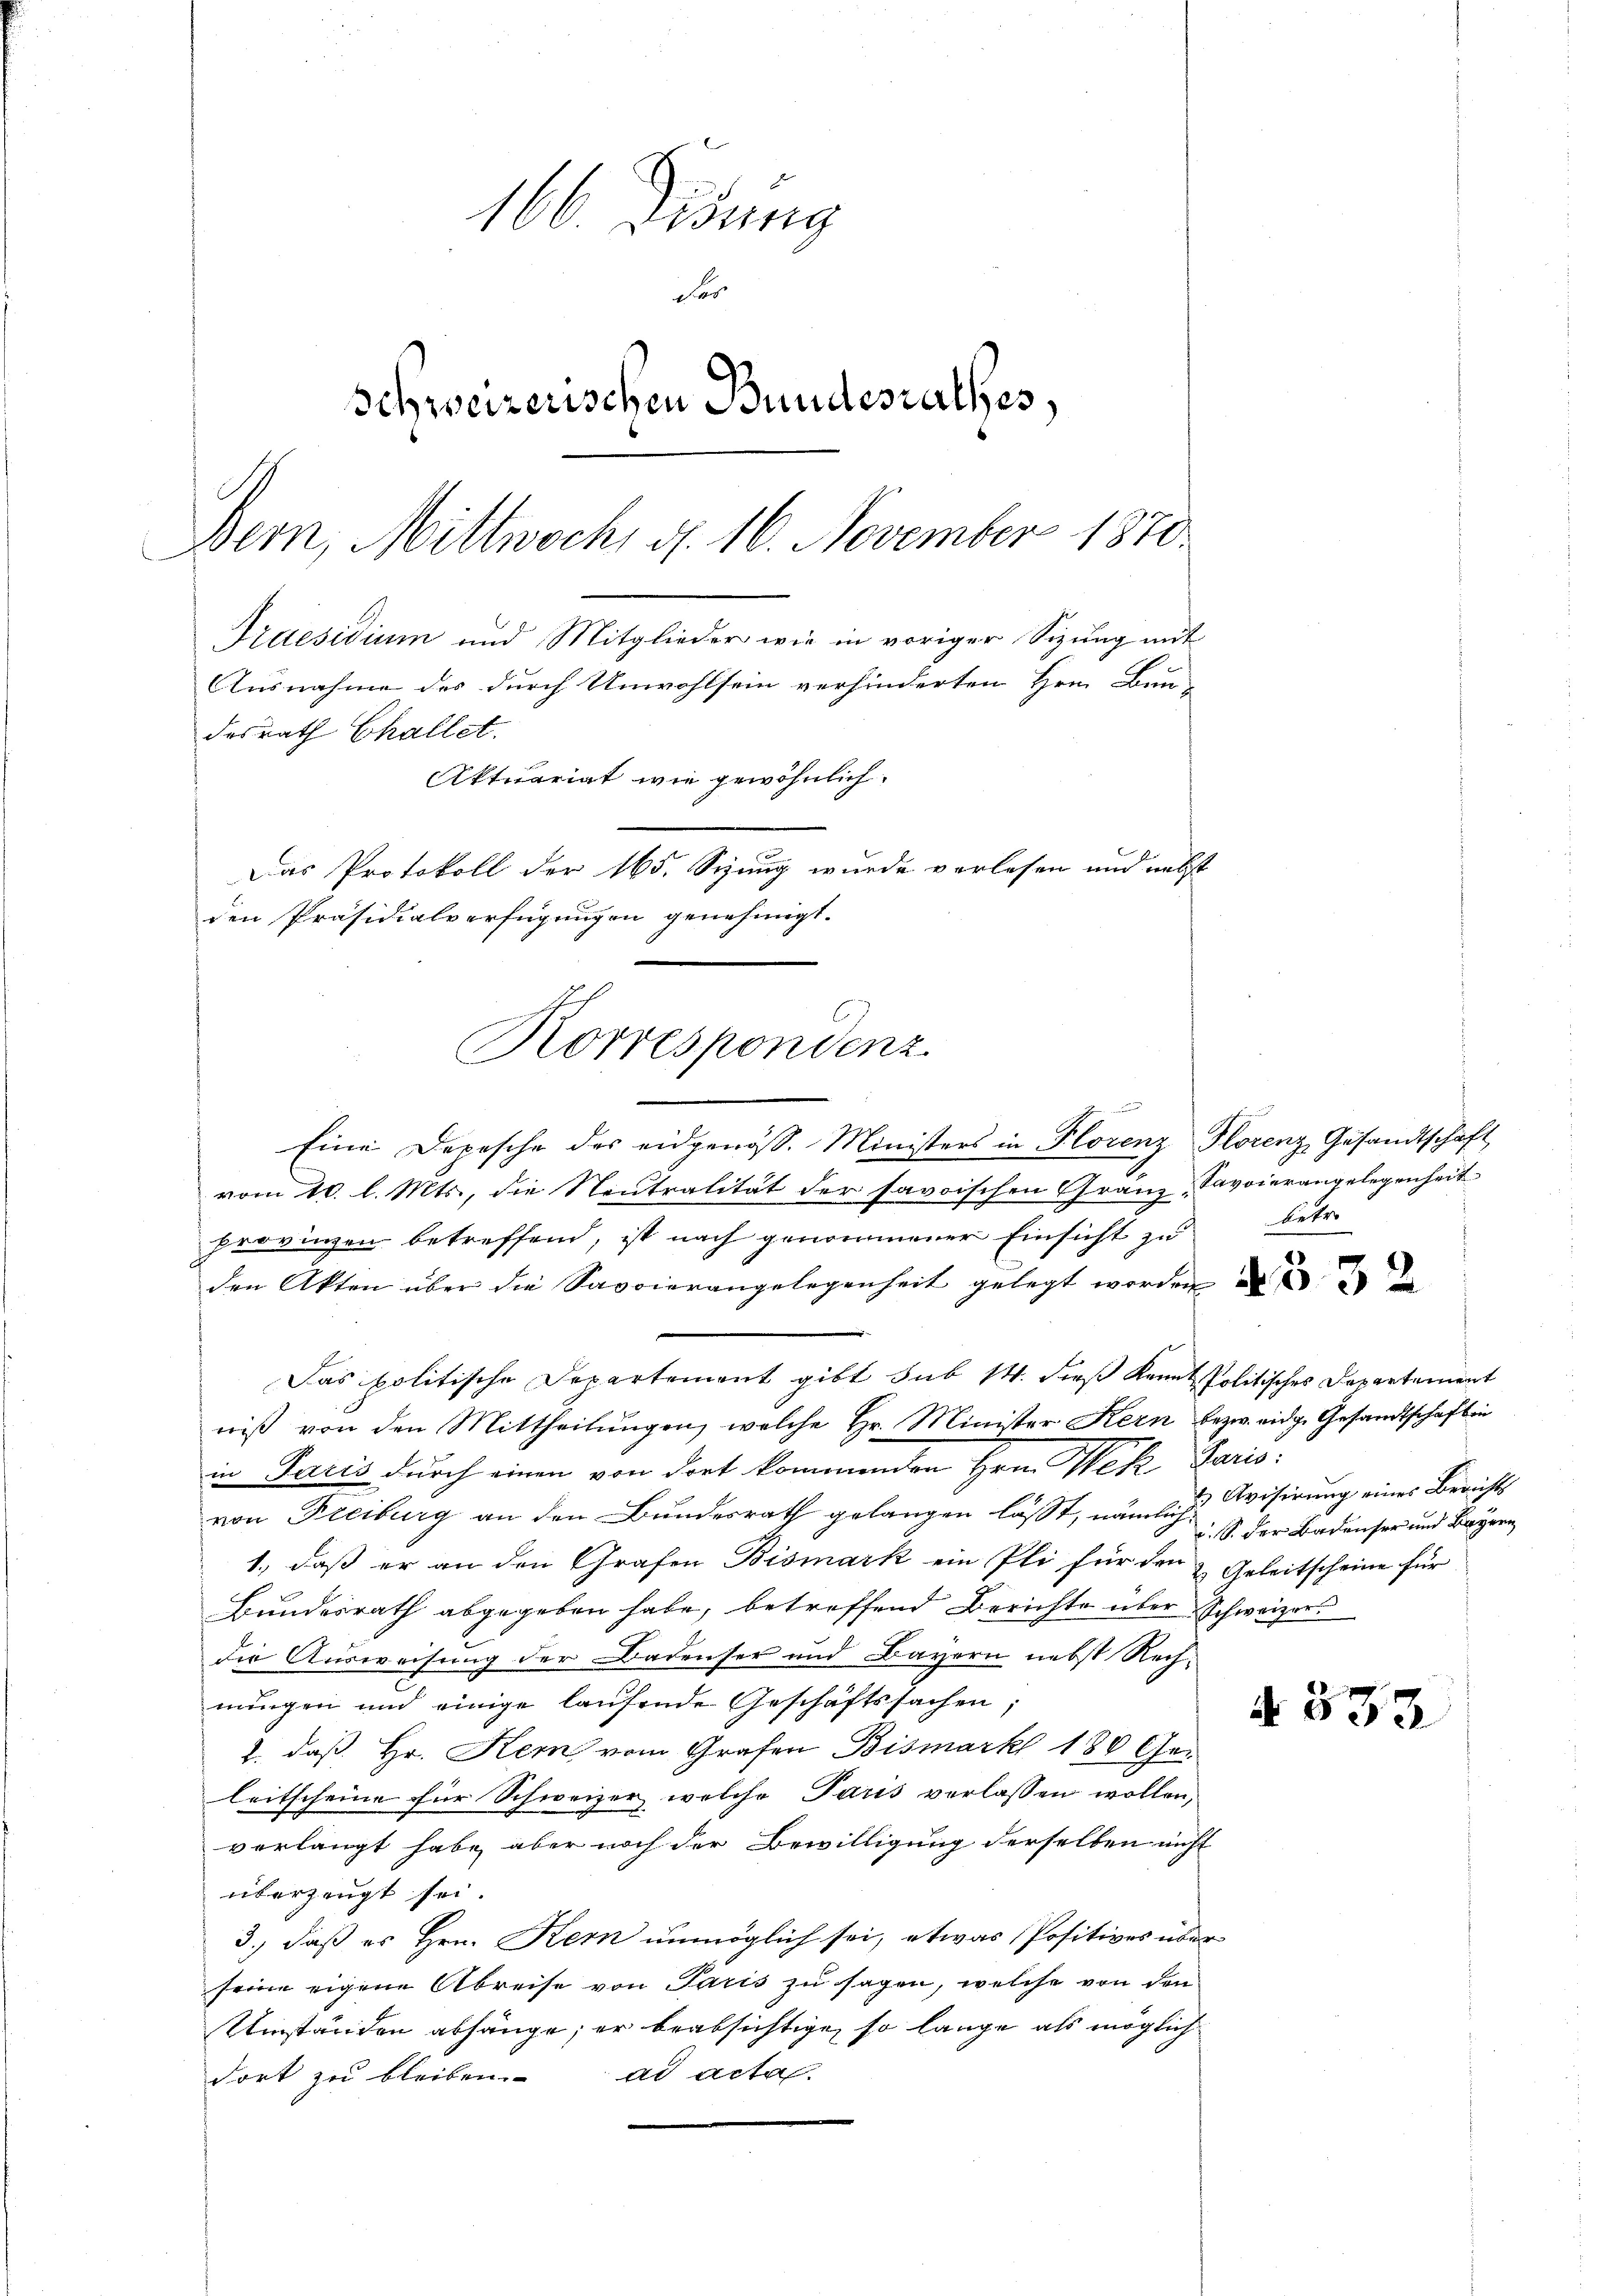
166. Disung
For
Schweizerischen Bundesrathes,
Bern, Mittwoch, d. 16. November 1870.
Praesidium und Mitglieder wie in voriger Sizung mit
Ausnahme des durch Unwohlsein verhinderten Hrn. Bun-
desrath Challet.
Aktuariat wie gewöhnlich
Das Protokoll der 165. Seung wurde verlesen und nebst
den Präsidialverfügungen genehmigt.

Korrespondenz.

Eine Depesche des eidgenös. Ministers in Florenz Florenz Gesandtschaft
vom 10. l. Mts., die Neutralität der savoischen Gränz "Favoierangelegenheit
provinzen betreffend, ist nach genommener Einsicht zu
den Akten über die Savoierangelegenheit gelegt worden
Das politische Departement gibt sub 14. dieß kannt Politisches Departement
niß von den Mittheilungen, welche Hr. Minister Kern bezw. eidge Gesandtschaften
in Paris durch einen von dort kommenden Hrn. Wek, Paris:
von Freiburg an den Bundesrath gelangen lässt, nämlich visirung eines Berichts
1., daß er an den Grafen Bismark ein Pli für den & Geleitscheine für
Bundesrath abgegeben habe, betreffend Berichte über Schweizer
die Ausweisung der Badenser und Bayern nebst Rechnungen und einige laufende Geschäftssachen;
2. daß Hr. Kem vom Grafen Bismark 180 Gei
leitscheine für Schweizer welche Paris verlassen wollen,
verlangt habe, aber noch der Bewilligung derselben nicht
überzeugt sei.
3., daß es Hrn. Kern unmöglich sei, etwas Positives über
seine eigene Abreise von Paris zu sagen, welche von den
Umständen abhänge, er beabsichtige, so lange als möglich
ad acta
dort zu bleiben.

betre

c. S. der Badenser und Bayern

d 573.